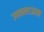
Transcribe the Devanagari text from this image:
उपकलाऊतक